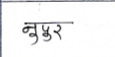
मजकूर: नूपुर